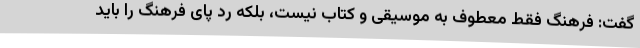
گفت: فرهنگ فقط معطوف به موسیقی و کتاب نیست، بلکه رد پای فرهنگ را باید